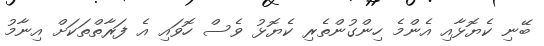
ބޭނި ކެޔޮޅާއި އެންމެ ހިންގުންތެރި ކެޔޮޅު ވެސް ހޮވައި އެ ފަރާތްތަކަށް އިނާމު